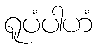
ရူပံပါဟံ